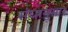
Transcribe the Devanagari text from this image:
संघानुसार